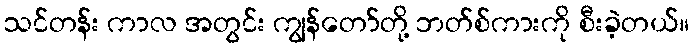
သင်တန်း ကာလ အတွင်း ကျွန်တော်တို့ ဘတ်စ်ကားကို စီးခဲ့တယ်။